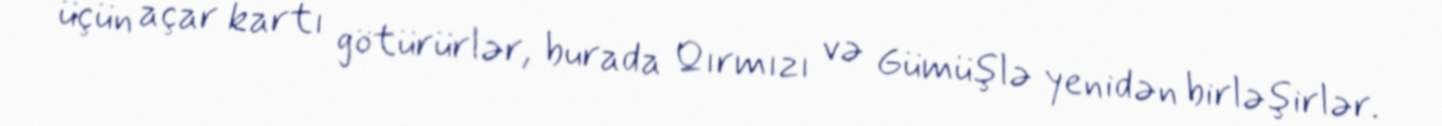
üçün açar kartı götürürlər, burada Qırmızı və Gümüşlə yenidən birləşirlər.